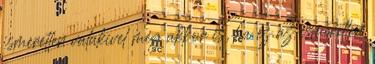
ismeretlen valakivel még akkor is, ha ez az ismeretlen